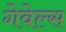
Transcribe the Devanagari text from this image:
गेवेल्स